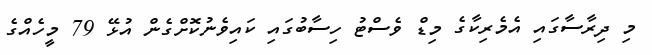
މި ދިރާސާގައި އެމެރިކާގެ މިޑް ވެސްޓު ހިސާބުގައި ކައިވެނުކޮށްގެން އުޅޭ 79 މީހެއްގެ